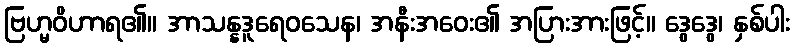
ဗြဟ္မဝိဟာရ၏။ အာသန္နဒူရေဝသေန၊ အနီးအဝေး၏ အပြားအားဖြင့်။ ဒွေဒွေ၊ နှစ်ပါး